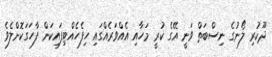
ދޫކުރި ލޯނުގެ ނިސްބަތް ވަނީ އޭގެ ކުރީ މަހާއި އެއްވަރެއްގައި ހިފެހެއްޓިފައިކަން ފާހަގަކޮށްލެވެ